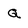
Character: Q